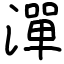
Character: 潬